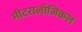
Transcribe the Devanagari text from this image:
मीटरालॉजिकल